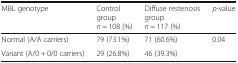
<table><thead><tr><td><b>MBL genotype</b></td><td><b>Control group<i>n</i> = 108 (%)</b></td><td><b>Diffuse restenosis group<i>n</i> = 117 (%)</b></td><td><b><i>p</i>-value</b></td></tr></thead><tbody><tr><td>Normal (A/A carriers)</td><td>79 (73.1%)</td><td>71 (60.6%)</td><td rowspan="2">0.04</td></tr><tr><td>Variant (A/0 + 0/0 carriers)</td><td>29 (26.8%)</td><td>46 (39.3%)</td></tr></tbody></table>